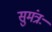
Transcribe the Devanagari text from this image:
सुमंत्रः